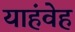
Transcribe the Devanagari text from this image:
याहंवेह